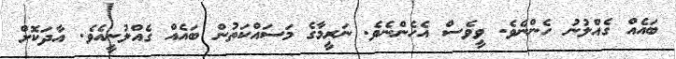
ބައެއް ގެއްލުނު ހެންނެވެ. ވީވެސް އެހެންނެވެ. ނަރީމާގެ މަސައްކަތުން ބައެއް ގެއްލުނީއެވެ. އާދަކޮށް